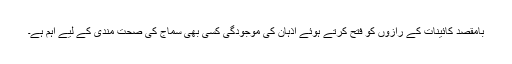
بامقصد کائینات کے رازوں کو فتح کرتے ہوئے اذہان کی موجودگی کسی بھی سماج کی صحت مندی کے لیے اہم ہے۔